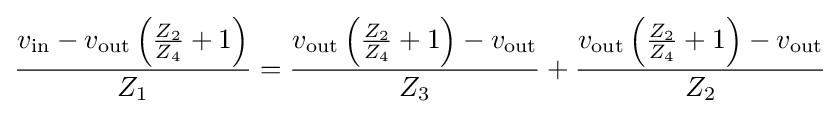
{\frac {v_{\text{in}}-v_{\text{out}}\left({\frac {Z_{2}}{Z_{4}}}+1\right)}{Z_{1}}}={\frac {v_{\text{out}}\left({\frac {Z_{2}}{Z_{4}}}+1\right)-v_{\text{out}}}{Z_{3}}}+{\frac {v_{\text{out}}\left({\frac {Z_{2}}{Z_{4}}}+1\right)-v_{\text{out}}}{Z_{2}}}